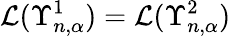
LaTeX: \mathcal{L}(\Upsilon_{n,\alpha}^{1})=\mathcal{L}(\Upsilon_{n,\alpha}^{2})